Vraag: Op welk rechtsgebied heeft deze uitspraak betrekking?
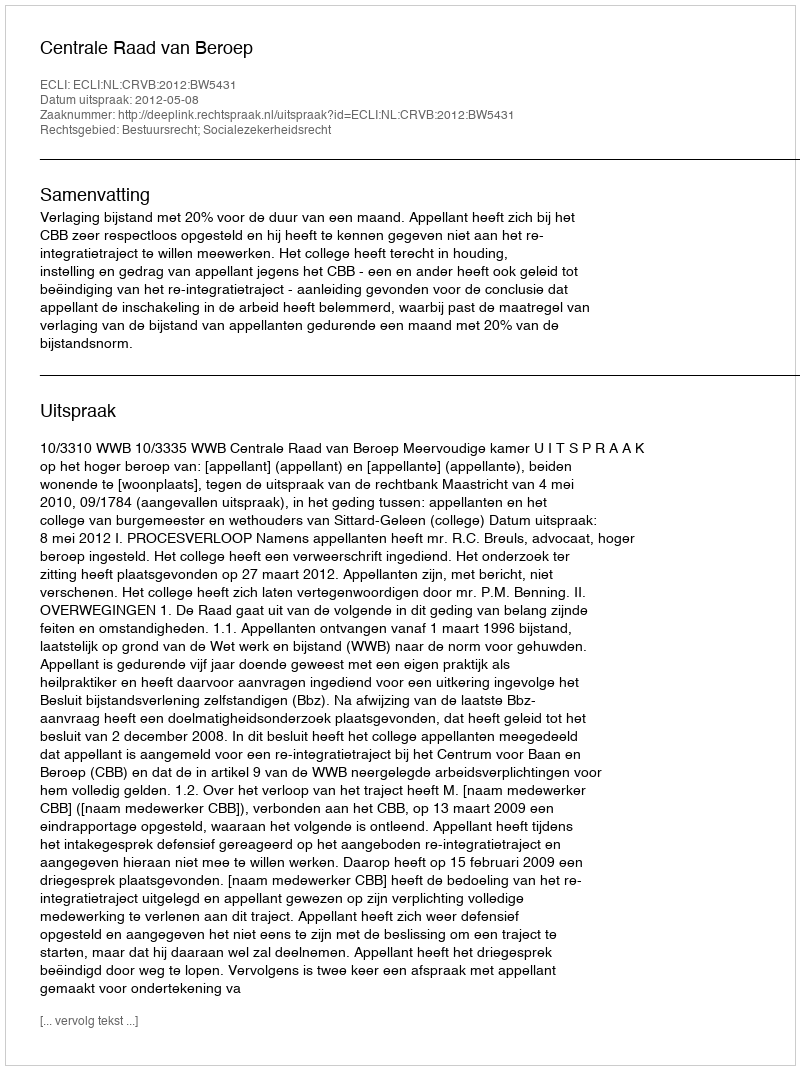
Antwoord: Bestuursrecht; Socialezekerheidsrecht